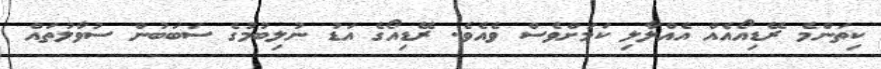
ކިތަންމެ ރޭޑިއޯއެއް އެއްލާލި ކަމަށްވެސް ވެއެވެ. ރޭޑިއޯގެ އަޑު ނުލިބުމުގެ ސަބަބުން ސުވާލުތައް